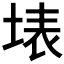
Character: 𭎫